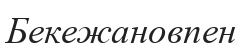
Бекежановпен